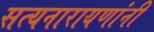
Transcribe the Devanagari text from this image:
सत्यनारायणांनी